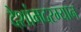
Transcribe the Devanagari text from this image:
देशांमदरम्यान